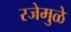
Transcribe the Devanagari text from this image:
रजेमुळे